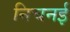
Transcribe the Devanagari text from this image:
निचनई